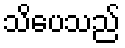
သိပေသည်